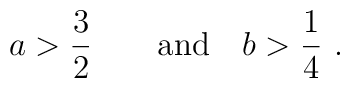
{{a}} > {3\over 2}\qquad {\rm and } \quad           {{b}} > {1\over 4}\ .